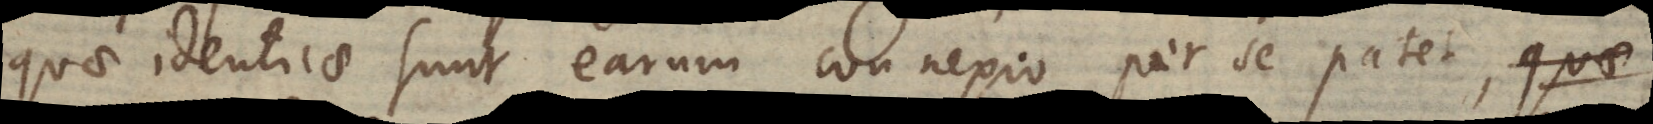
quae identicae sunt earum connexio per se patet, quae